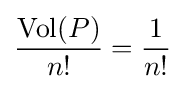
{\frac {\operatorname {Vol} (P)}{n!}}={\frac {1}{n!}}